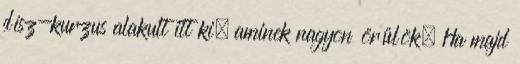
dísz-kurzus alakult itt ki, aminek nagyon örülök. Ha majd